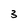
Character: 3